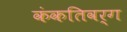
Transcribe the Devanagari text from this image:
कंकतिवर्ग